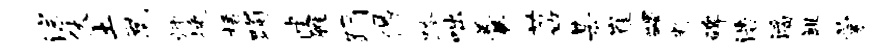
淙伏土凰师挽梧躅健雁蹋偈跨咄羹苕某崔蠲粉碑浩潘麒蒙